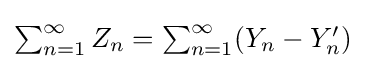
\textstyle \sum _{n=1}^{\infty }Z_{n}=\textstyle \sum _{n=1}^{\infty }(Y_{n}-Y'_{n})